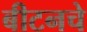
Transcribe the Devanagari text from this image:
बीटनचे